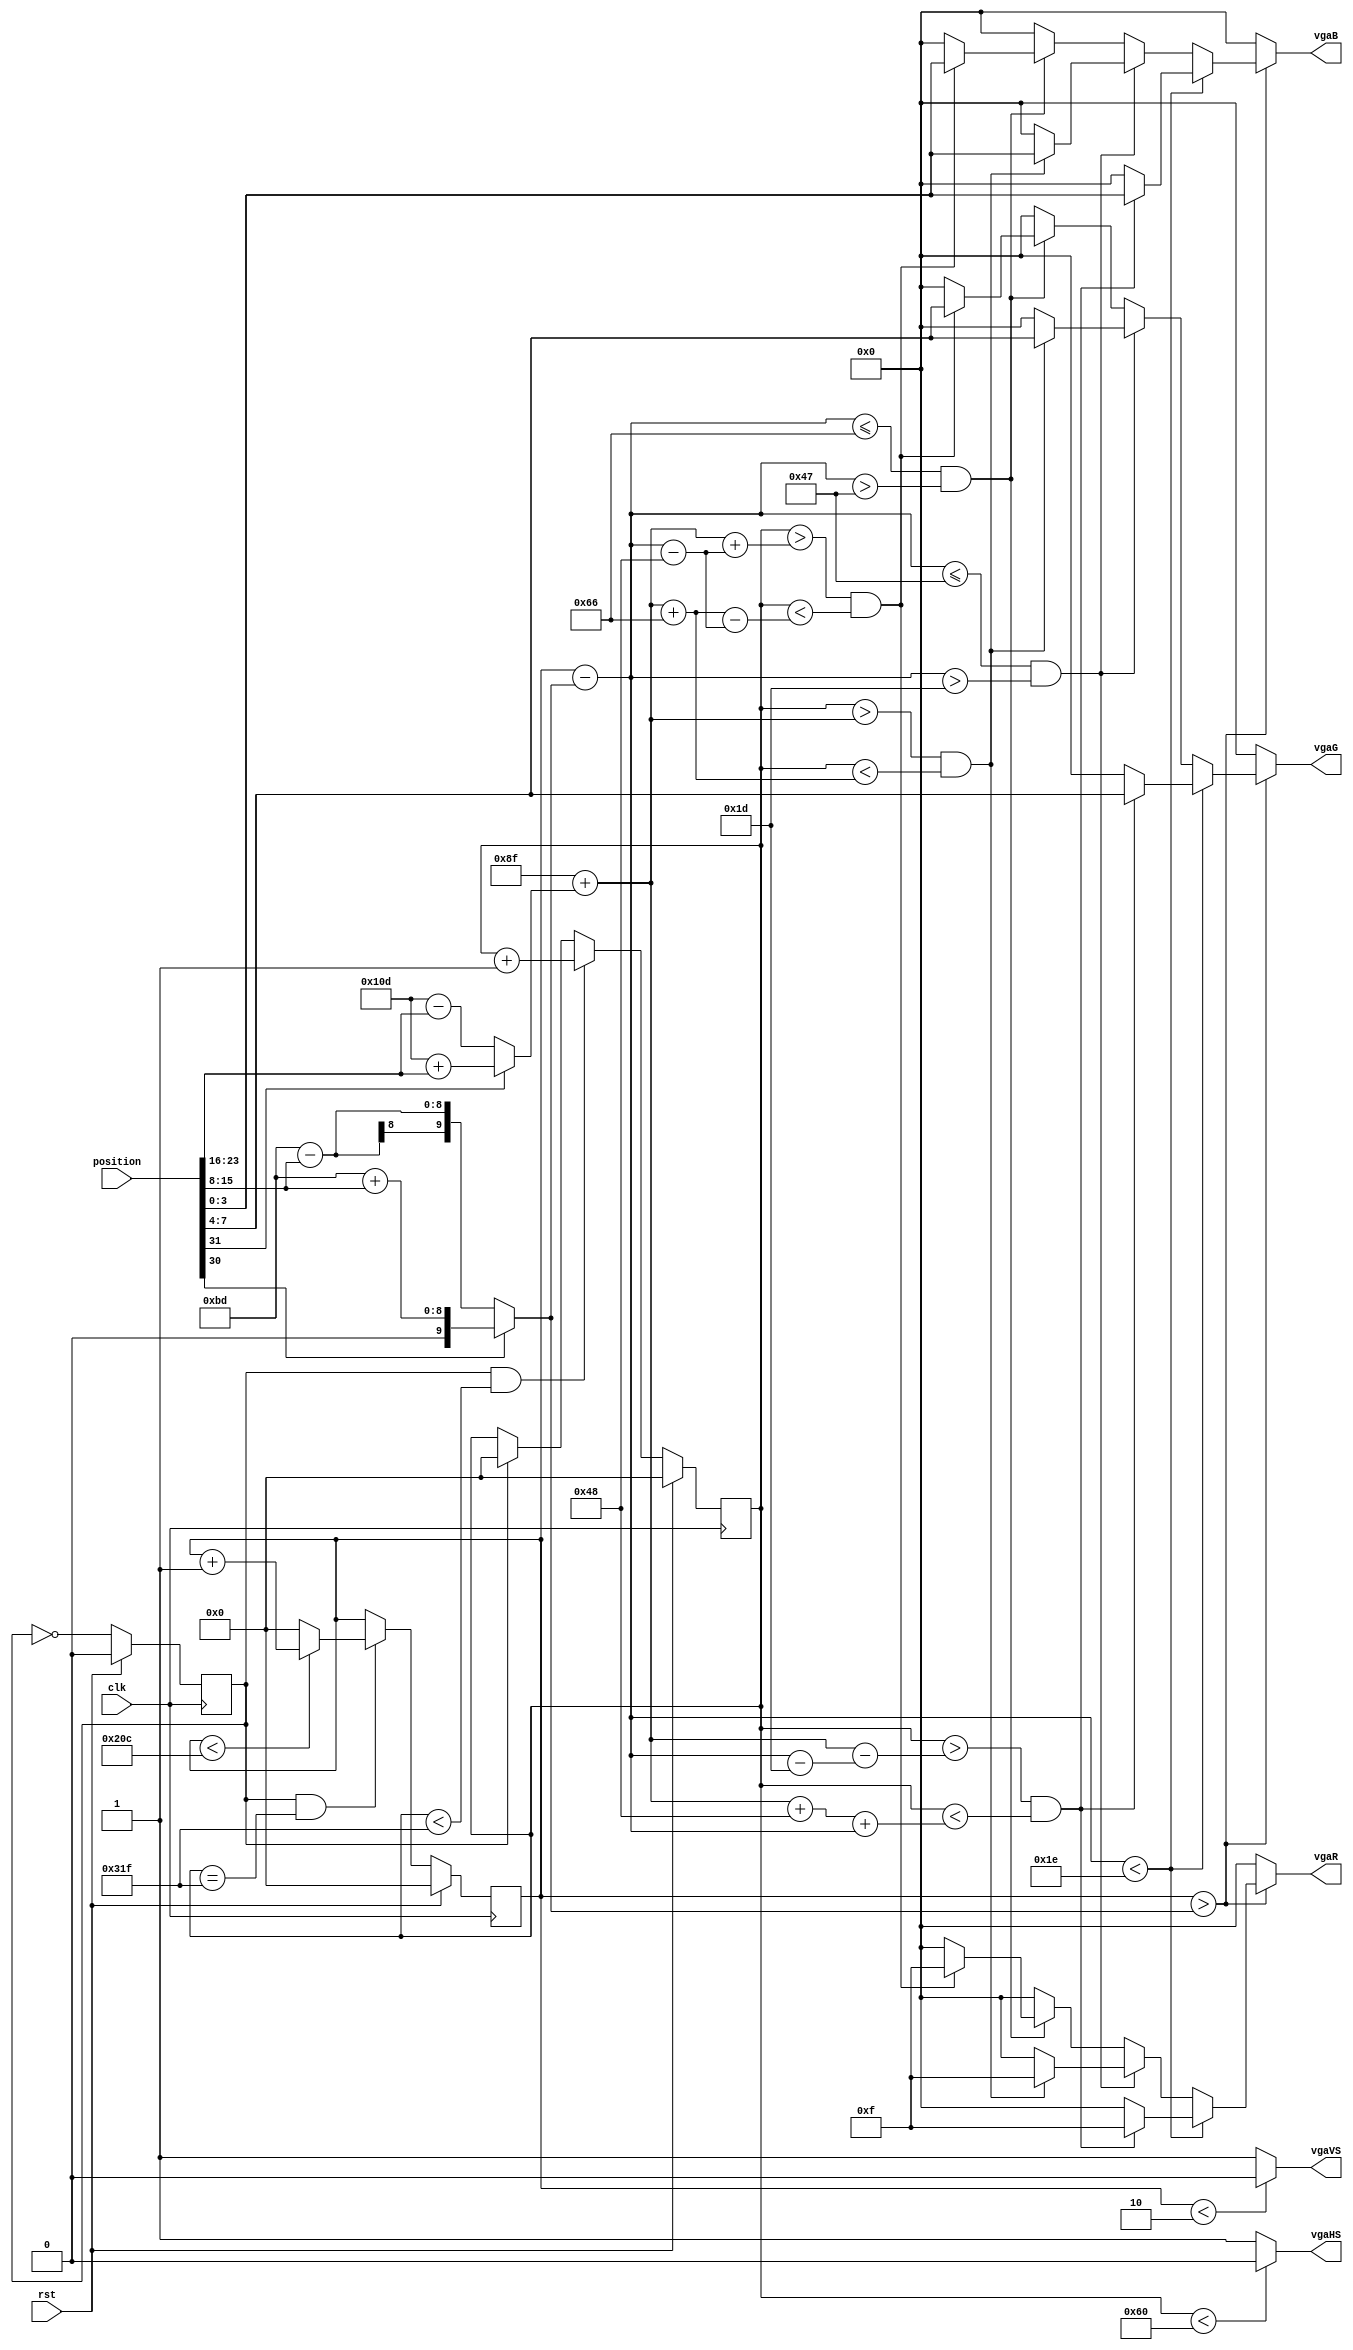
module vga(
    input clk,// system clock
    input rst,// asynchronous reset
    input [31:0] position,// Regular hexagon position and color signal
    output reg [3:0] vgaR,// Red signal output
    output reg [3:0] vgaG,// Green signal output
    output reg [3:0] vgaB,// Blue signal output
    output reg vgaHS,// line synchronization output
    output reg vgaVS// trailing synchronization output
);

reg clk_2 = 0;
reg [9:0] Vcounter, Hcounter;

parameter  H_SYNC   =  10'd96;    //line synchronization
parameter  H_BACK   =  10'd48;    //line display back edge
parameter  H_DISP   =  10'd640;   //line valid data
parameter  H_FRONT  =  10'd16;    //line display leading edge
parameter  H_TOTAL  =  10'd800;   //line scan cycle
parameter  V_SYNC   =  10'd2;     //trailing synchronization
parameter  V_BACK   =  10'd33;    //trailing edge of field display
parameter  V_DISP   =  10'd480;   //trailing valid data
parameter  V_FRONT  =  10'd10;    //trailing display leading edge
parameter  V_TOTAL  =  10'd525;   //trailing scan cycle

always @(posedge clk) //System Clock Halved
begin
    if(rst) begin
    clk_2 = 1'b0;
    end else
        begin
        clk_2 <= ~clk_2;
    end
end

always @(posedge clk)//line synchronization
begin
    if(rst) begin
    Hcounter <= 16'b0;
    end 
    else if((clk_2 == 1) && (Hcounter < H_TOTAL - 1'b1)) begin
        Hcounter <= Hcounter + 1'b1;
        end
        else if(clk_2 == 1) begin
            Hcounter <= 16'b0;
            end
end

always @(posedge clk)//trailing synchronization
begin
    if(rst) begin
    Vcounter <= 16'b0;
    end 
    else if((clk_2 == 1) && (Hcounter == H_TOTAL - 1'b1)) begin
        if(Vcounter < V_TOTAL - 1'b1) begin
            Vcounter <= Vcounter + 1'b1;
            end
            else
            Vcounter <= 16'b0;
    end
end

wire [9:0] Hpot, Vpot;

assign Hpot = position[31] ? 9'd269 +  position[23:16] : 9'd269 -  position[23:16]; //Determine the vertex coordinates of the upper right corner of the octagon
assign Vpot = position[30] ? 9'd189 +  position[15:8] : 9'd189 -  position[15:8]; //Determine the vertex coordinates of the upper right corner of the octagon

always @(*)//regular octagon drawing
begin
    if(Vcounter > Vpot) begin//top trapezoid
        if((Vcounter - Vpot) < 7'd30) begin
            if((Hcounter > (H_SYNC + H_BACK - 1'b1 + Hpot - (Vcounter - Vpot - 7'd29))) && (Hcounter < (H_SYNC + H_BACK - 1'b1 + Hpot + 7'd72 + (Vcounter - Vpot)))) begin
                    vgaR = 4'b1111;
                    vgaG = position[7:4];
                    vgaB = position[3:0];
                end
            else begin
                vgaR = 4'b0;
                vgaG = 4'b0;
                vgaB = 4'b0;
            end
        end
        else if(((Vcounter - Vpot) <= 7'd71) && ((Vcounter - Vpot)> 7'd29)) begin//middle rectangle
                if((Hcounter > (H_SYNC + H_BACK - 1'b1 + Hpot)) && (Hcounter < (H_SYNC + H_BACK - 1'b1 + Hpot + 7'd102))) begin
                    vgaR = 4'b1111;
                    vgaG = position[7:4];
                    vgaB = position[3:0];
                end
             else begin
                vgaR = 4'b0;
                vgaG = 4'b0;
                vgaB = 4'b0;
            end
        end
        else if((Vcounter - Vpot) <= 7'd102 && (Vcounter - Vpot)> 7'd71) begin//down trapezoid
                if((Hcounter > (H_SYNC + H_BACK - 1'b1 + Hpot + (Vcounter - Vpot - 7'd72))) && (Hcounter < (H_SYNC + H_BACK - 1'b1 + Hpot + 7'd102 - (Vcounter - Vpot - 7'd72)))) begin
                    vgaR = 4'b1111;
                    vgaG = position[7:4];
                    vgaB = position[3:0];
                end
                else begin
                vgaR = 4'b0;
                vgaG = 4'b0;
                vgaB = 4'b0;
                end
            end
        else begin
                vgaR = 4'b0;
                vgaG = 4'b0;
                vgaB = 4'b0;
        end   
    end
    else begin
                vgaR = 4'b0;
                vgaG = 4'b0;
                vgaB = 4'b0;      
    end

    vgaHS  = (Hcounter < H_SYNC) ? 1'b0 : 1'b1;//line synchronization output
    vgaVS  = (Vcounter < V_SYNC) ? 1'b0 : 1'b1;//trailing synchronization output
end

endmodule